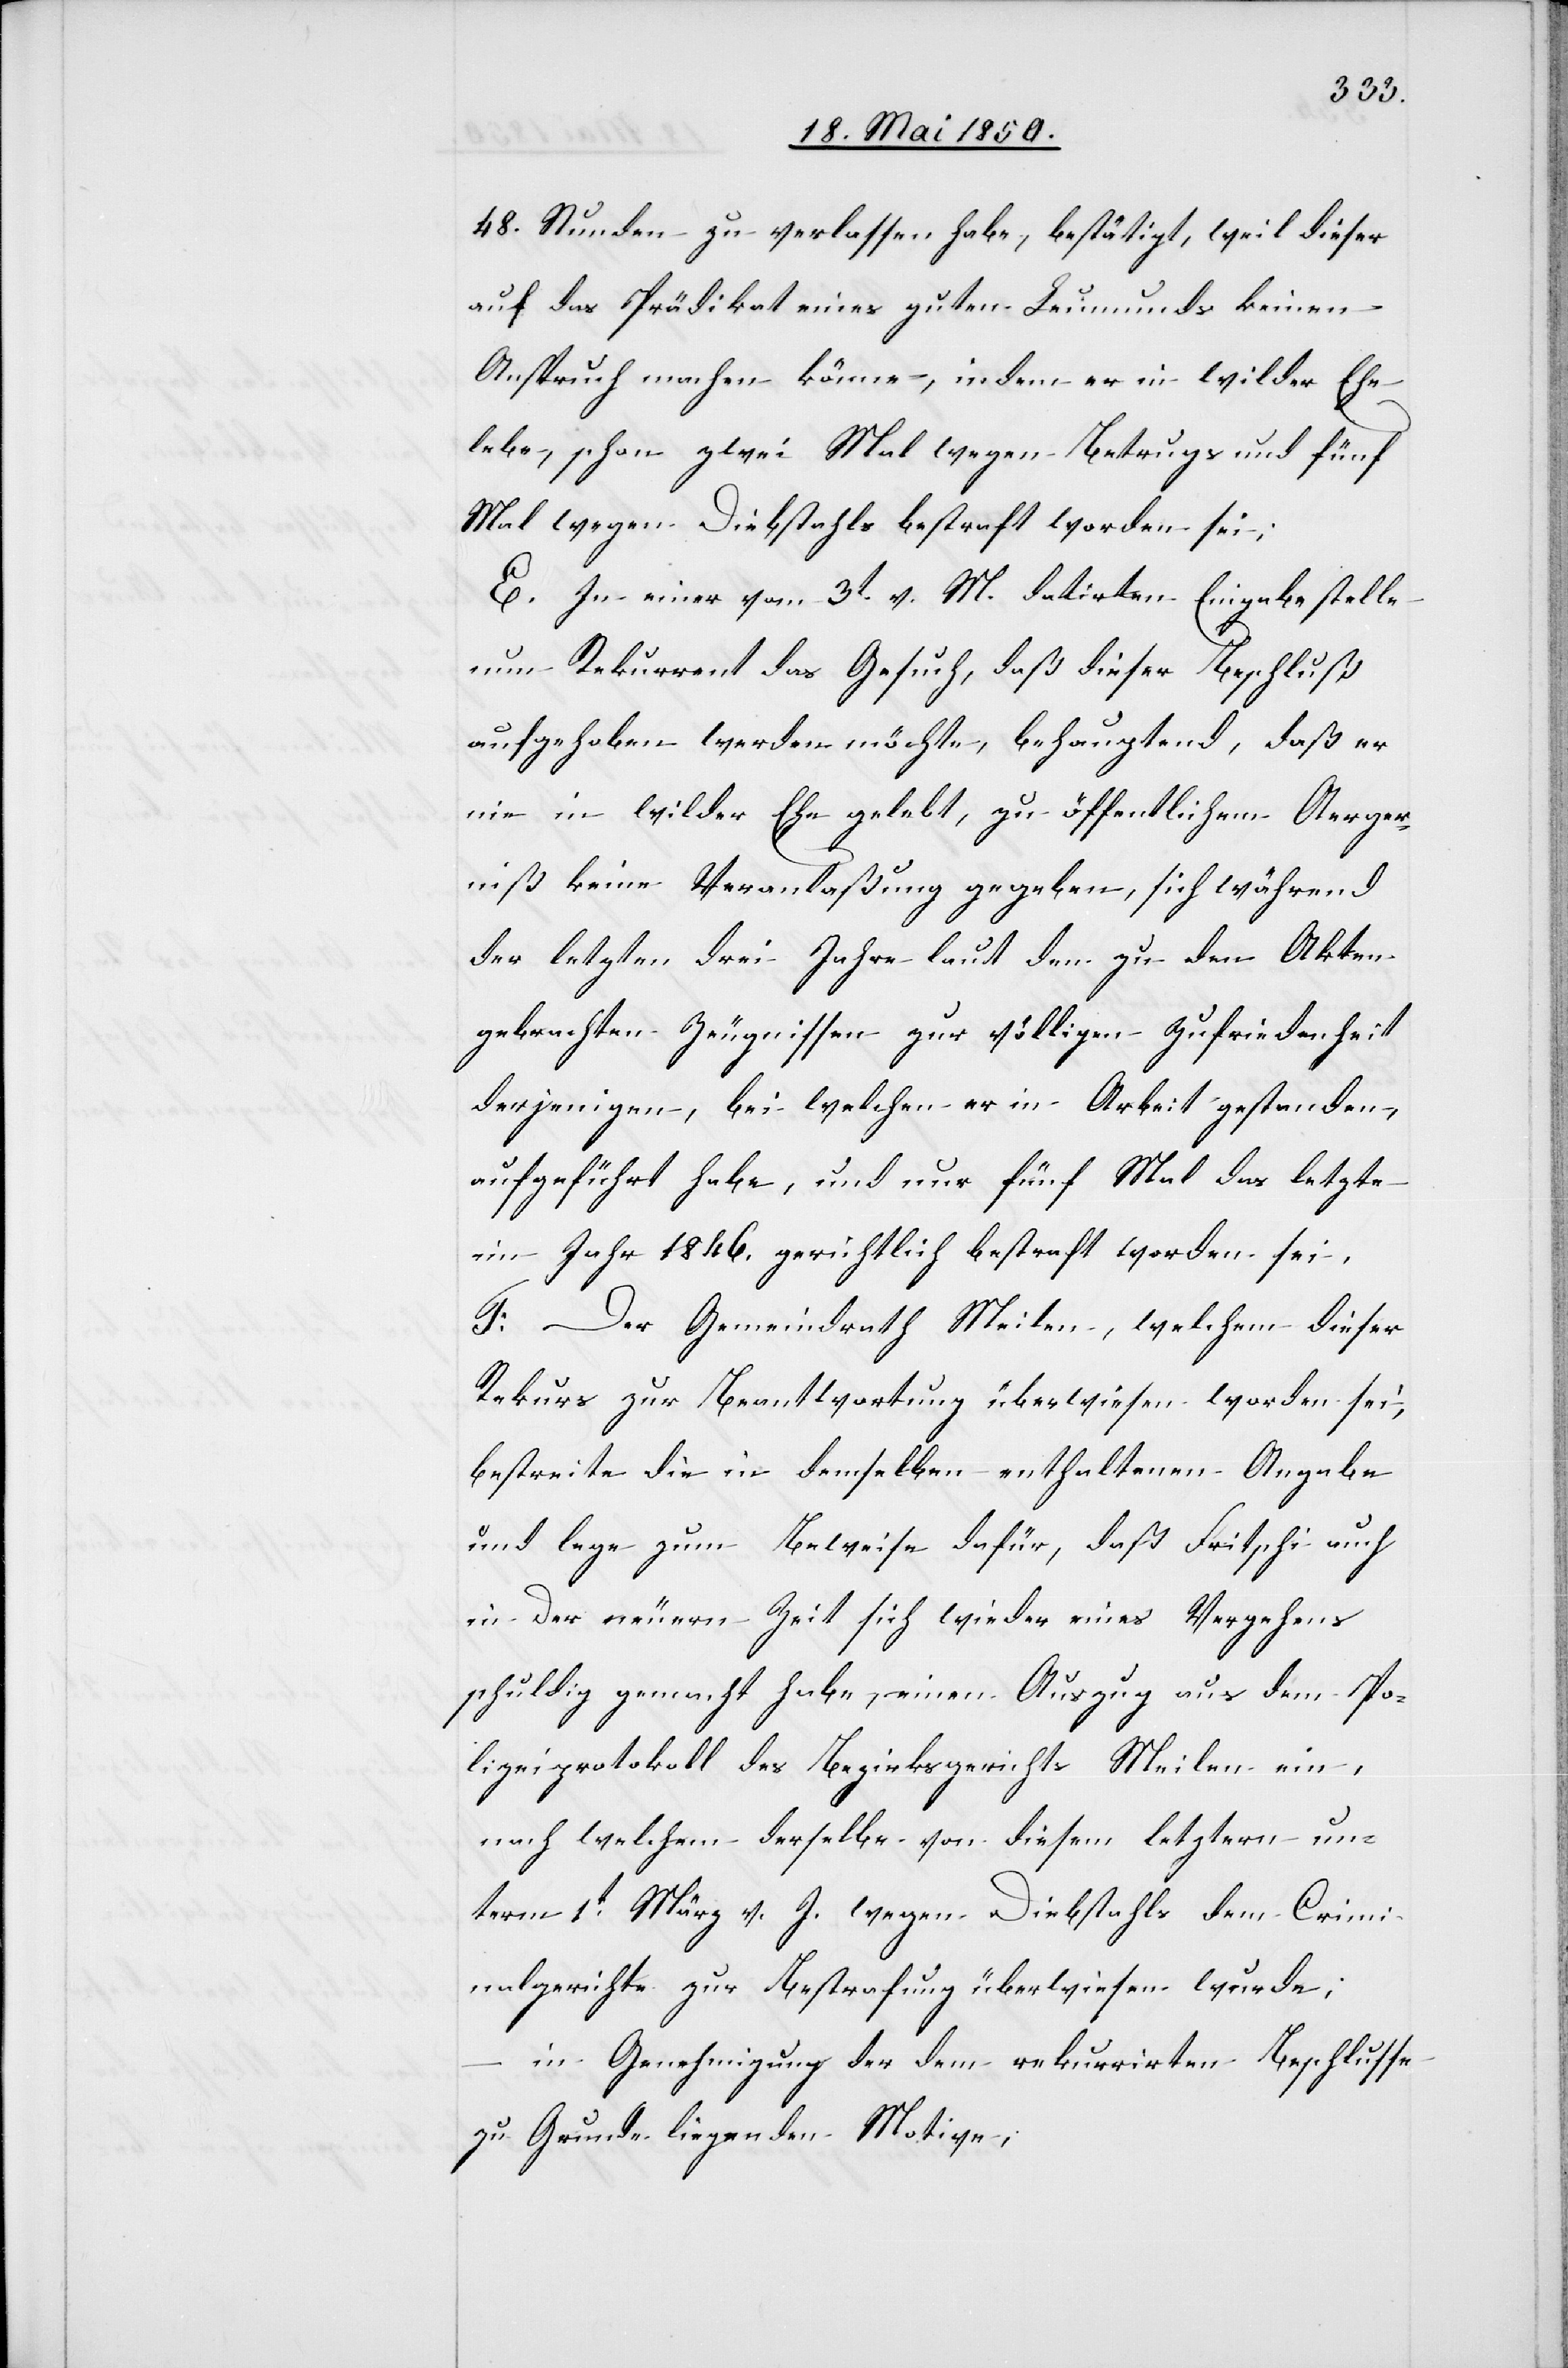
48. Stunden zu verlassen habe, bestätigt, weil dieser
auf das Prädikat eines guten Leumunds keinen
Anspruch machen könne, indem er in wilder Ehe
lebe, schon zwei Mal wegen Betrugs und fünf
Mal wegen Diebstahls bestraft worden sei;
E. In einer vom 3t v. M. datirten Eingabe stelle
nun Rekurrent das Gesuch, daß dieser Beschluß
aufgehoben werden möchte, behauptend, daß er
nie in wilder Ehe gelebt, zu öffentlichem Aerger¬
niß keine Veranlaßung gegeben, sich während
der letzten drei Jahre laut den zu den Akten
gebrachten Zeugnissen zur völligen Zufriedenheit
derjenigen, bei welchen er in Arbeit gestanden,
aufgeführt habe, und nur fünf Mal das letzte
im Jahr 1846. gerichtlich bestraft worden sei,
F. Der Gemeindrath Meilen, welchem dieser
Rekurs zur Beantwortung überwiesen worden sei,
bestreite die in demselben enthaltenen [sic!]
und lege zum Beweise dafür, daß Fritschi auch
in der neuern Zeit sich wieder eines Vergehens
schuldig gemacht habe, einen Auszug aus dem Po¬
lizeiprotokoll des Bezirksgerichts Meilen ein,
nach welchem derselbe von diesem letztern un¬
term 1t März v. J. wegen Diebstahls dem Crimi¬
nalgerichte zur Bestrafung überwiesen wurde;
in Genehmigung der dem rekurrirten Beschlusse
zu Grunde liegenden Motive,